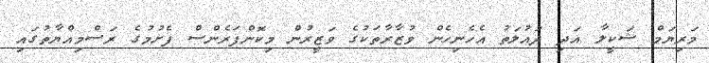
މަރިޔަމް ޝަކީލާ އަދި ދައުލަތު އެހެނިހެން ވުޒާރާތަކުގެ ވަޒީރުން މިކޮންފަރެންސް ފެށުމުގެ ރަސްމިއްޔާތުގައި